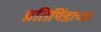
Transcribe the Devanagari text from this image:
प्रतिपिंडाच्या